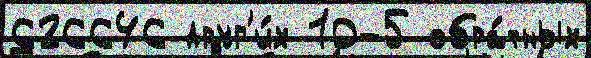
626646 друг'и́х 10-5 обра́тных